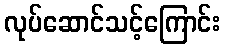
လုပ်ဆောင်သင့်ကြောင်း